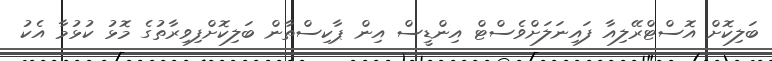
ބަލިކޮށް އޮސްޓްރޭލިއާ ފައިނަލަށްވެސްޓް އިންޑީސް އިން ޕާކިސްތާން ބަލިކޮށްފިވިރާތުގެ މޮޅު ކުޅުމާ އެކު